Annual administration and progress report of the Indian Medical Department, Bombay
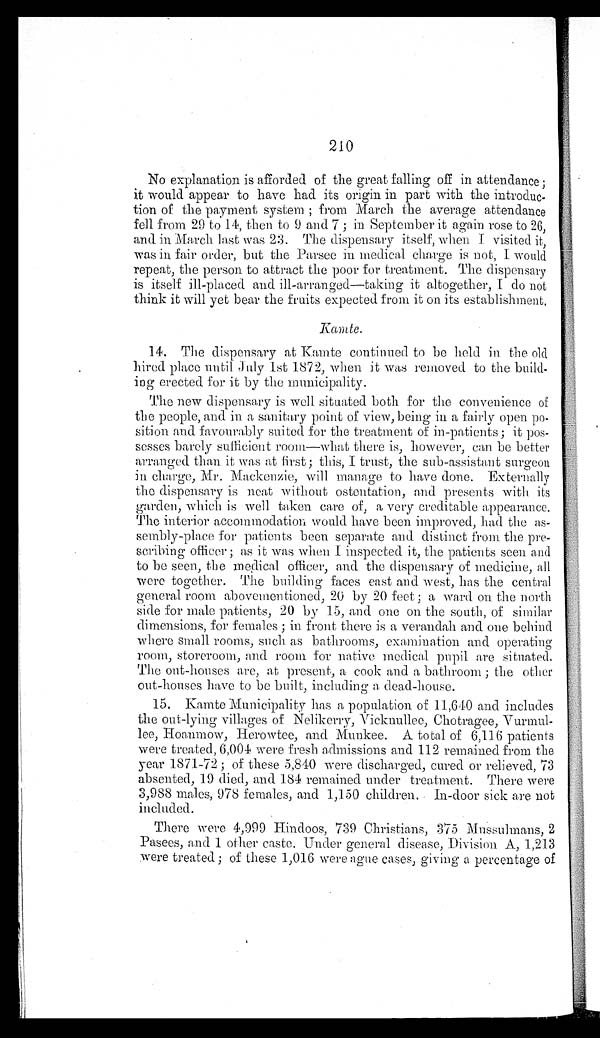
210
No explanation is afforded of the great falling off in attendance;
it would appear to have had its origin in part with the introduc-
tion of the payment system; from March the average attendance
fell from 29 to 14, then to 9 and 7; in September it again rose to 26,
and in March last was 23. The dispensary itself, when I visited it,
was in fair order, but the Parsee in medical charge is not, I would
repeat, the person to attract the poor for treatment. The dispensary
is itself ill-placed and ill-arranged—taking it altogether, I do not
think it will yet bear the fruits expected from it on its establishment.
Kamte.
14. The dispensary at Kamte continued to be held in the old
hired place until July 1st 1872, when it was removed to the build
-
ing erected for it by the municipality.
The new dispensary is well situated both for the convenience of
the people, and in a sanitary point of view, being in a fairly open po
-
sition and favourably suited for the treatment of in-patients; it pos-
-sesses barely sufficient room—what there is, however, can be better
arranged than it was at first; this, 1 trust, the sub-assistant surgeon
in charge, Mr. Mackenzie, will manage to have done. Externally
the dispensary is neat without ostentation, and presents with its
garden, which is well taken care of, a very creditable appearance.
The interior accommodation would have been improved, had the as
-
sembly-place for patients been separate and distinct front the pre
-
scribing officer; as it was when I inspected it, the patients seen and
to be seen, the medical officer, and the dispensary of medicine, all
were together. The building faces east and west, has the central
general room abovementioned, 20 by 20 feet; a ward on the north
side for male patients, 20 by 15, and one on the south, of similar
dimensions, for females; in front there is a verandah and one behind
where small rooms, such as bathrooms, examination and operating
room, storeroom, and room for native medical pupil are situated.
The out-houses are, at present, a cook and a bathroom; the other
out-houses have to be built, including a dead-house.
15. Kamte Municipality has a population of 11,640 and includes
the out-lying villages of Nelikerry, Vicknullee, Chotragee, Vurmul
-
lee, Hoanmow, Herowtee, and Munkee. A total of 6,116 patients
were treated, 6,004 were fresh admissions and 112 remained from the
year 1871-72; of these 5,840 were discharged, cured or relieved, 73
absented, 19 died, and 184 remained under treatment. There were
3,988 males, 978 females, and 1,150 children. In-door sick are not
There were 4,999 Hindoos, 739 Christians, 375 Mussulmans, 2
Pasees, and 1 other caste. Under general disease, Division A, 1,213
were treated; of these 1,016 were ague cases, giving a percentage of